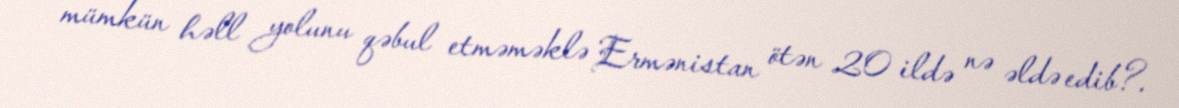
mümkün həll yolunu qəbul etməməklə Ermənistan ötən 20 ildə nə əldə edib?.